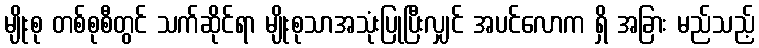
မျိုးစု တစ်စုစီတွင် သက်ဆိုင်ရာ မျိုးစုသာအသုံးပြုပြီးလျှင် အပင်လောက ရှိ အခြား မည်သည့်